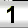
Digit: 1